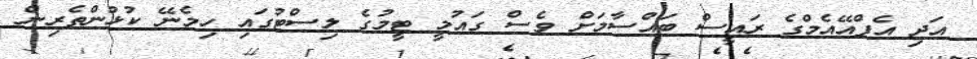
އަދި އެފްއޭއެމްގެ ރައީސް ބައްސާމަށް ވެސް ގައުމީ ޓީމުގެ ލިސްޓުގައި ހިމެނޭ ކުޅުންތެރިން